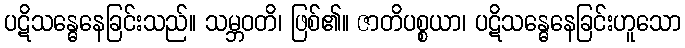
ပဋိသန္ဓေနေခြင်းသည်။ သမ္ဘဝတိ၊ ဖြစ်၏။ ဇာတိပစ္စယာ၊ ပဋိသန္ဓေနေခြင်းဟူသော